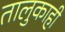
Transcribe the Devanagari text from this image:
तालुकाही